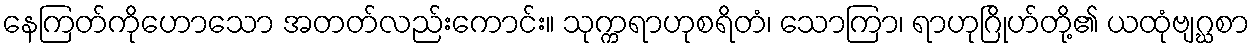
နေကြတ်ကိုဟောသော အတတ်လည်းကောင်း။ သုက္ကရာဟုစရိတံ၊ သောကြာ၊ ရာဟုဂြိုဟ်တို့၏ ယထုံဗျဂ္ဃစာ